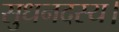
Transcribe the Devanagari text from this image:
सुधनदस्य।